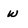
Character: w